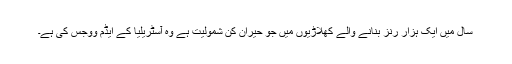
سال میں ایک ہزار رنز بنانے والے کھلاڑیوں میں جو حیران کن شمولیت ہے وہ آسٹریلیا کے ایڈم ووجس کی ہے۔